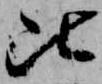
比